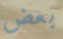
بعض